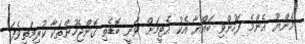
މެންޔޫ އެންމެ ފަހުންވި ބައްޔާ އެކު އެޓީމަށް ވަނީ ބޮޑެތި ގޮންޖެހުންތަކާ ކުރިމަތިވެފަ